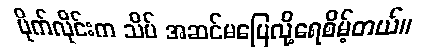
ပိုက်လိုင်းက သိပ် အဆင်မပြေလို့ရေစိမ့်တယ်။